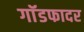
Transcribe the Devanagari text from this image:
गाॅडफादर